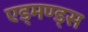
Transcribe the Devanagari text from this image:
एड्मण्ड्स